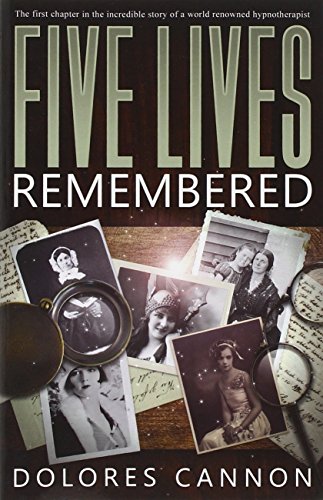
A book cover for Five Lives Remembered; Dolores Cannon; Religion & Spirituality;